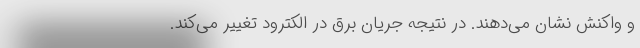
و واکنش نشان می‌دهند. در نتیجه جریان برق در الکترود تغییر می‌کند.